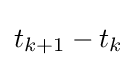
t_{k+1}-t_{k}